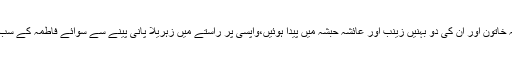
ان کی والدہ کا نام ریطہ وخترحارث بن جبلہ تھا،یہ خاتون اور ان کی دو بہنیں زینب اور عائشہ حبشہ میں پیدا ہوئیں،واپسی پر راستے میں زہریلا پانی پینے سے سوائے فاطمہ کے سب مرگئے،ابوعمراور موسیٰ نے ان کا ذکر کیا ہے۔